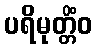
ပရိမုတ္တိံဝ